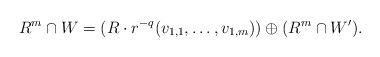
\begin{align*}R^m \cap W = (R\cdot r^{-q}(v_{1,1},\ldots,v_{1,m})) \oplus (R^m \cap W').\end{align*}